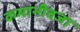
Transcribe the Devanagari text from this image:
कमानीवजा